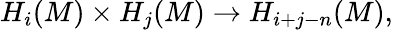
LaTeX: H_{i}(M)\times H_{j}(M)\to H_{i+j-n}(M),